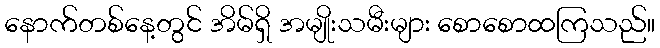
နောက်တစ်နေ့တွင် အိမ်ရှိ အမျိုးသမီးများ စောစောထကြသည်။